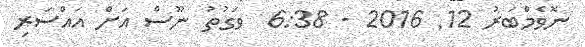
ނޮވެމްބަރު 12